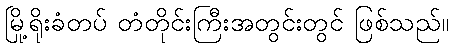
မြို့ရိုးခံတပ် တံတိုင်းကြီးအတွင်းတွင် ဖြစ်သည်။